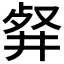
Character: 𠭘